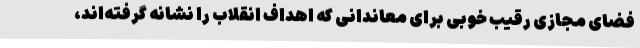
فضای مجازی رقیب خوبی برای معاندانی که اهداف انقلاب را نشانه گرفته‌اند،